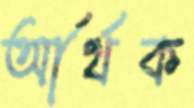
আর্র্থক